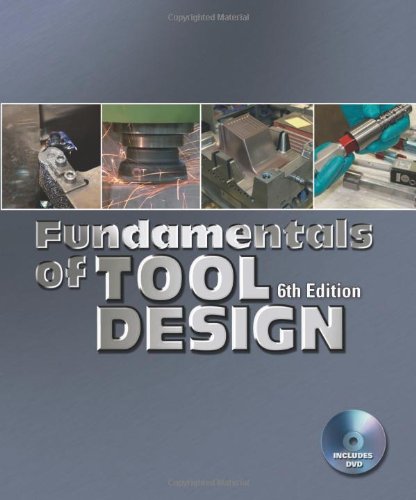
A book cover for Fundamentals of Tool Design, 6th Edition; Dr. John G. Nee; Science & Math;